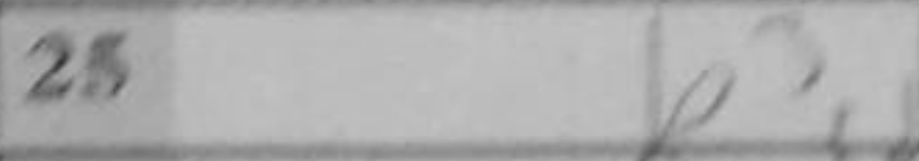
Transcription: b3